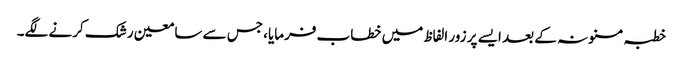
خطبہ مسنونہ کے بعد ایسے پر زور الفاظ میں خطاب فرمایا، جس سے سامعین رشک کرنے لگے۔